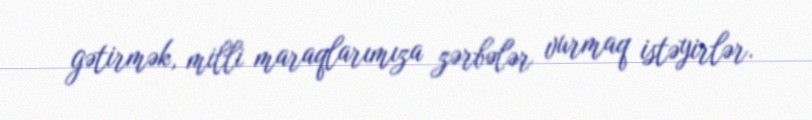
gətirmək, milli maraqlarımıza zərbələr vurmaq istəyirlər.